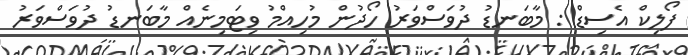
ފޯލިކް އެސިޑް : މާބަނޑު ދުވަސްވަރު ހޯދުން މުހިއްމު ވިޓަމިނެއް މާބަނޑު ދުވަސްވަރު